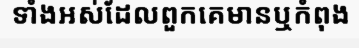
ទាំងអស់ដែលពួកគេមានឬកំពុង